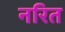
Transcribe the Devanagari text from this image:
नरित